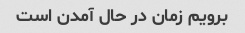
برویم زمان در حال آمدن است